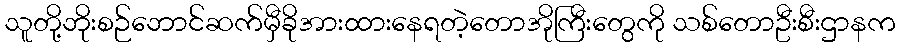
သူတို့ဘိုးစဉ်ဘောင်ဆက်မှီခိုအားထားနေရတဲ့တောအိုကြီးတွေကို သစ်တောဦးစီးဌာနက